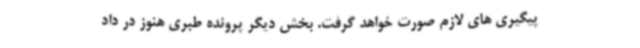
پیگیری های لازم صورت خواهد گرفت. بخش دیگر پرونده طبری هنوز در داد